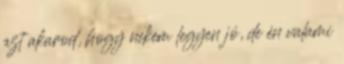
azt akarod, hogy nekem legyen jó, de én valami